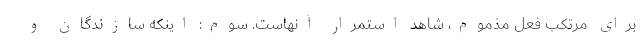
برای مرتکب فعل مذموم، شاهد استمرار آنهاست. سوم: اینکه سازندگان و